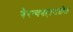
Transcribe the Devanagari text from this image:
गैरव्यवहारातील